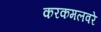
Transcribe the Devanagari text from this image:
करकमलवरे